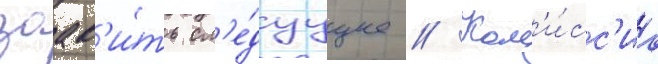
заав'и́ть сл'е́дуущее // Ком'и́сс'иа